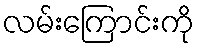
လမ်းကြောင်းကို